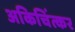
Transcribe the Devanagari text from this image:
अकिचिंत्कर